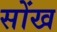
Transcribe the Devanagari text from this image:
सोंख